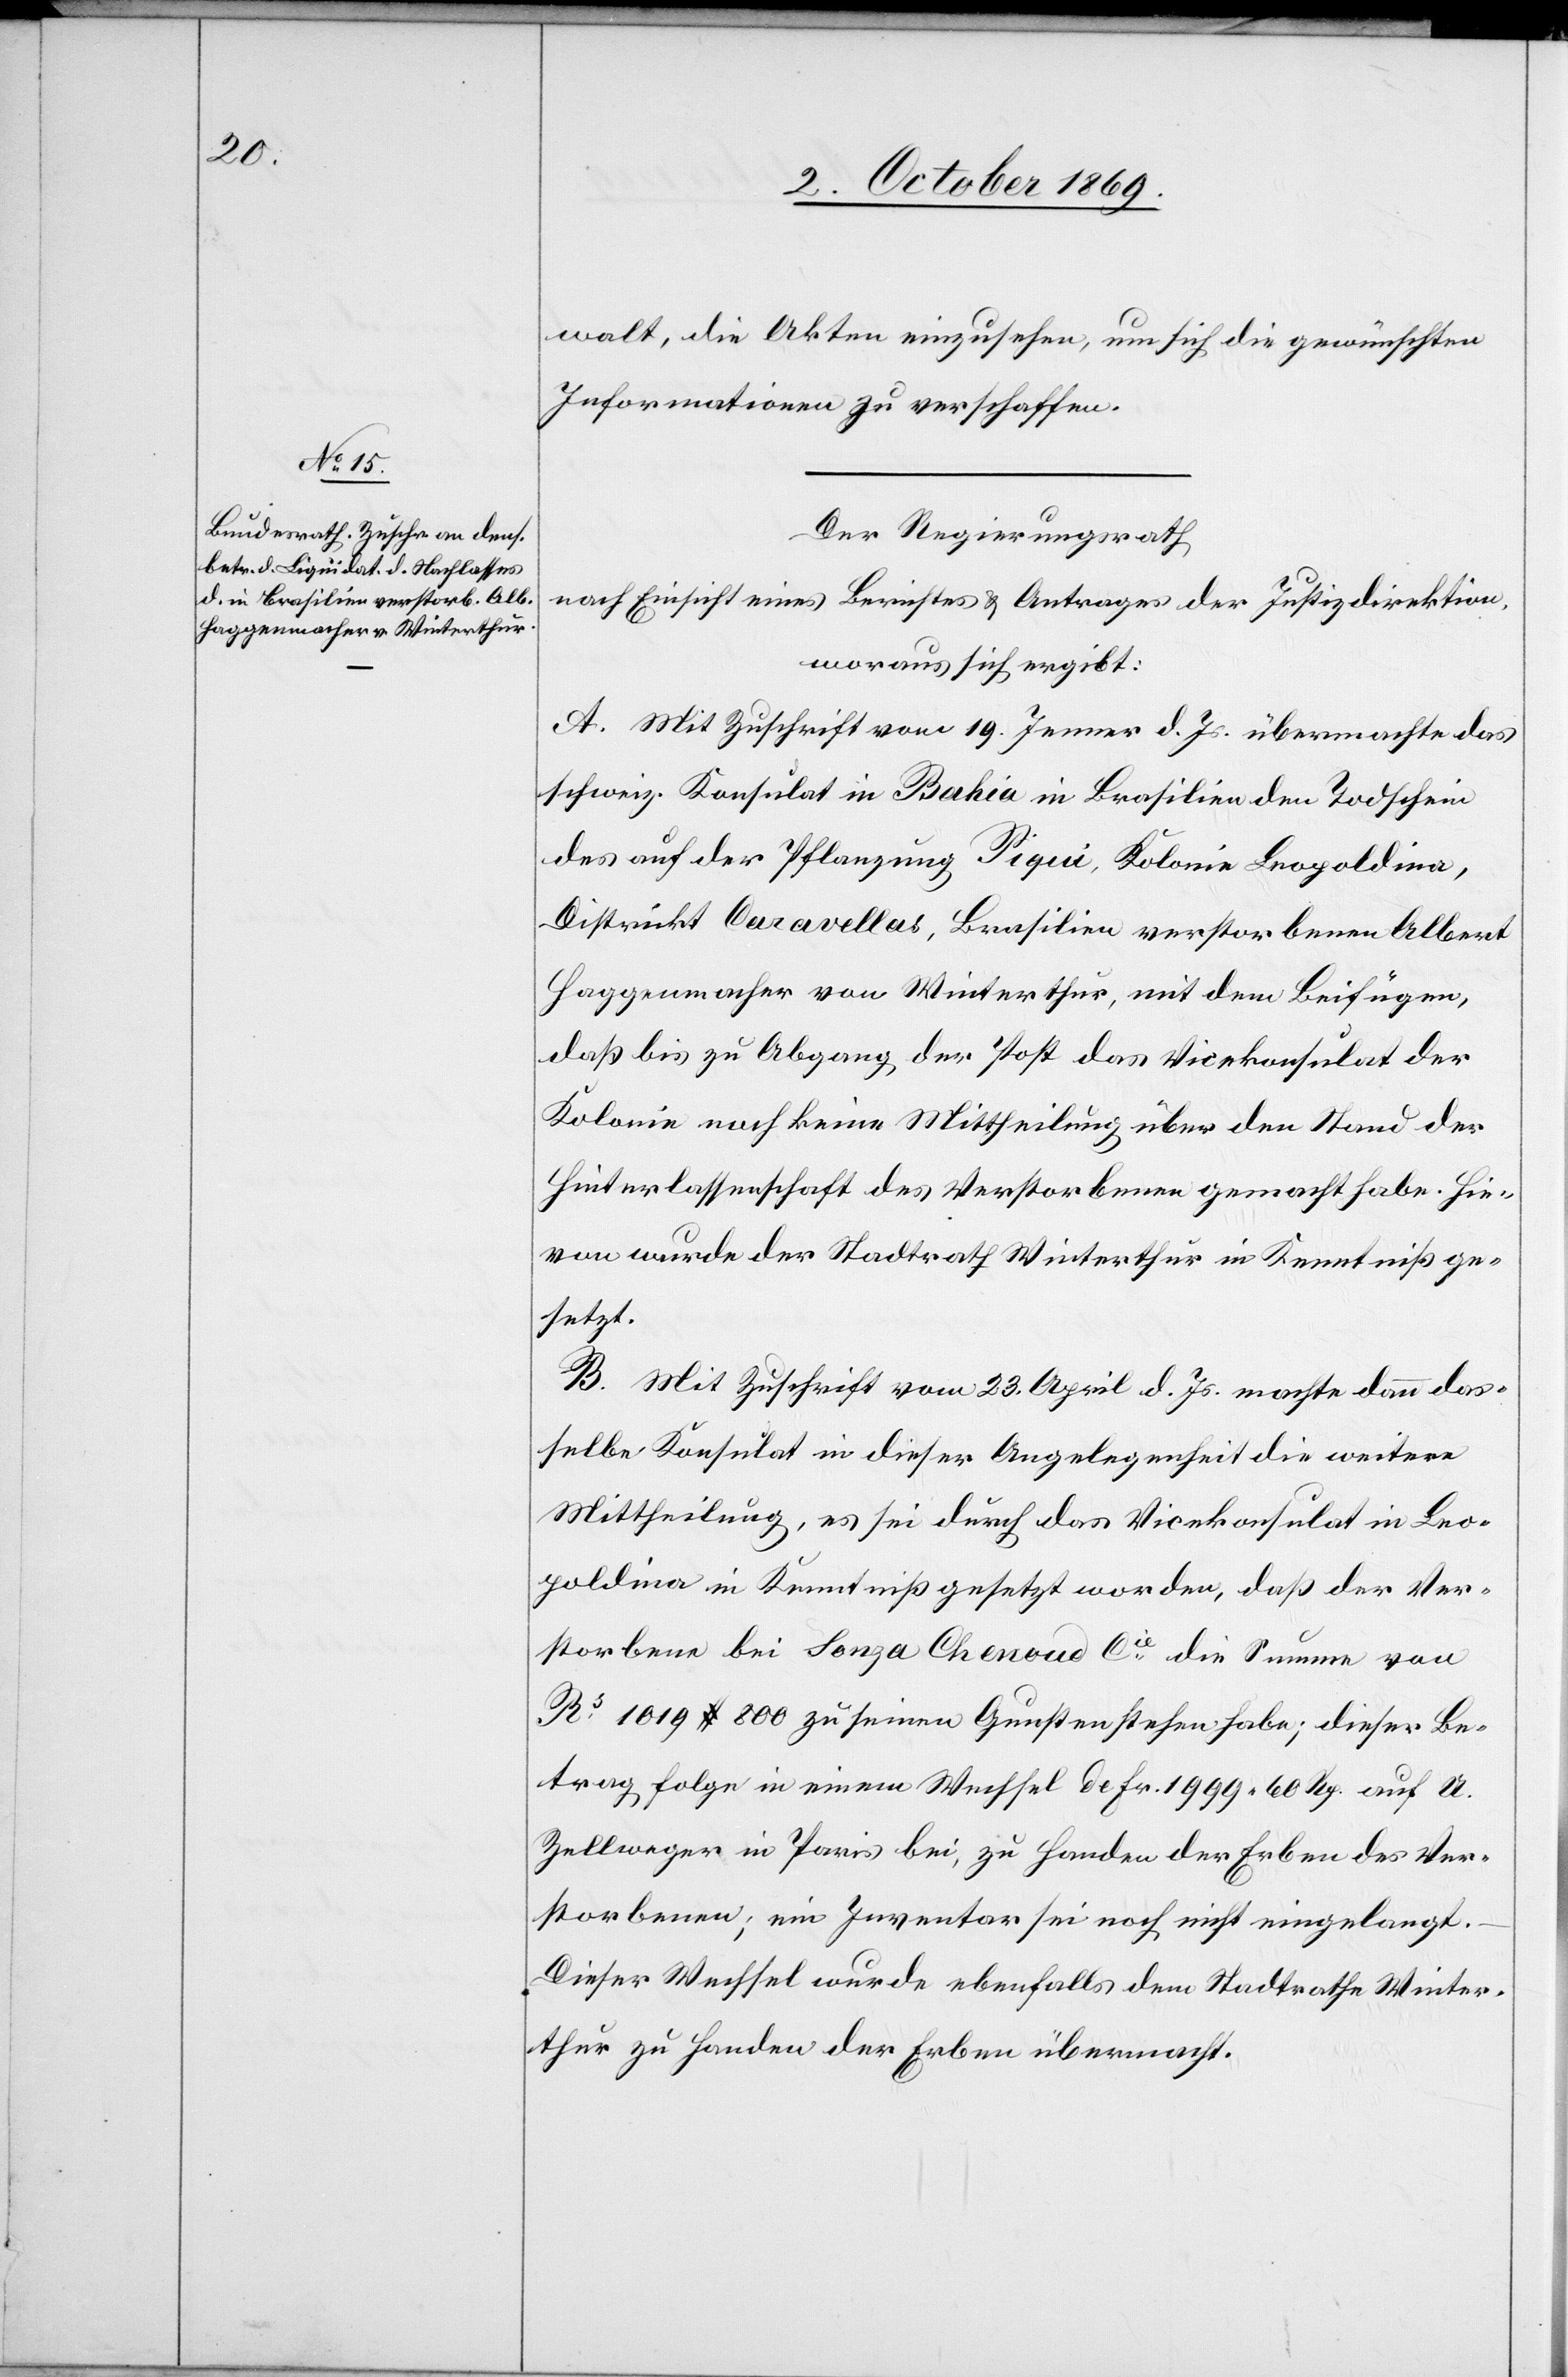
walt, die Akten einzusehen, um sich die gewünschten
Informationen zu verschaffen.
Der Regierungsrath
nach Einsicht eines Berichtes & Antrages der Justizdirektion,
woraus sich ergibt:
A. Mit Zuschrift vom 19. Jenner d. Js. übermachte das
schweiz. Konsulat in Bahia in Brasilien den Todschein
des auf der Pflanzung Piqui, Kolonie Leopoldina,
Districkt Caravellas, Brasilien verstorbenen Albert
Haggenmacher von Winterthur, mit dem Beifügen,
daß bis zu Abgang der Post das Vicekonsulat der
Kolonie noch keine Mittheilung über den Stand der
Hinterlassenschaft des Verstorbenen gemacht habe. Hie¬
von wurde der Stadtrath Winterthur in Kenntniß ge¬
setzt.
B. Mit Zuschrift vom 23. April d. Js. machte dann das¬
selbe Konsulat in dieser Angelegenheit die weitere
Mittheilung, es sei durch das Vicekonsulat in Leo¬
poldina in Kenntniß gesetzt worden, daß der Ver¬
storbene bei Sonza Chenoud Cie die Summe von
Rs 1019 $ 800 zu seinen Gunsten stehen habe; dieser Be¬
trag folge in einem Wechsel de Fr. 1999 60 Rp. auf U.
Zellweger in Paris bei, zu Handen der Erben des Ver¬
storbenen; ein Inventar sei noch nicht eingelangt.
Dieser Wechsel wurde ebenfalls dem Stadtrathe Winter¬
thur zu Handen der Erben übermacht.